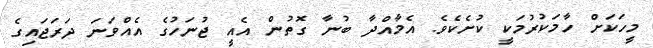
މީހަކަށް ހާމަކުރުމަކީ ކުށެކެވެ. އެމާއްދާ ބުނާ ގޮތުން އެއީ ޖުނަހުގެ އެއްވަނަ ދަރަޖައިގެ